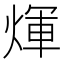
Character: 煇